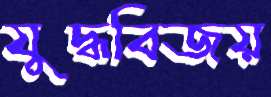
যুদ্ধবিজয়